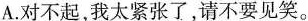
A.对不起，我太紧张了，请不要见笑。